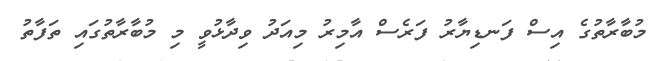
މުބާރާތުގެ އިސް ފަނޑިޔާރު ފަރެސް އާމިރު މިއަދު ވިދާޅުވީ މި މުބާރާތުގައި ތަފާތު